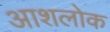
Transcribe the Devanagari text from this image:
आशलोक